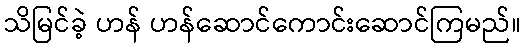
သိမြင်ခဲ့ ဟန် ဟန်ဆောင်ကောင်းဆောင်ကြမည်။